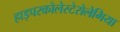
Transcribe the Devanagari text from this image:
हाइपरकोलेस्टेरोलेमिया